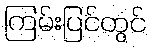
ကြမ်းပြင်တွင်